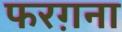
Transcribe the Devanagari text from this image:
फरग़ना